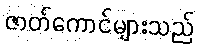
ဇာတ်ကောင်များသည်